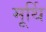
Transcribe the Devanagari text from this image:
मूर्थि